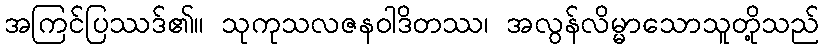
အကြင်ပြဿဒ်၏။ သုကုသလဇနဝါဒိတဿ၊ အလွန်လိမ္မာသောသူတို့သည်